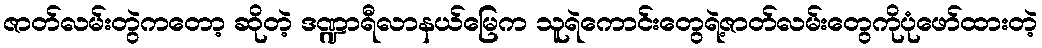
ဇာတ်လမ်းတွဲကတော့ ဆိုတဲ့ ဒဏ္ဍာရီလာနယ်မြေက သူရဲကောင်းတွေရဲ့ဇာတ်လမ်းတွေကိုပုံဖော်ထားတဲ့